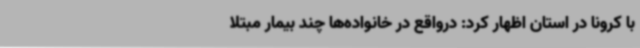
با کرونا در استان اظهار کرد: درواقع در خانواده‌ها چند بیمار مبتلا